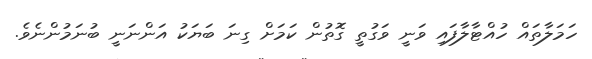
ހަމަލާތައް ހުއްޓާލާފައި ވަނީ ވަގުތީ ގޮތުން ކަމަށް ގިނަ ބަޔަކު އަންނަނީ ބުނަމުންނެވެ.